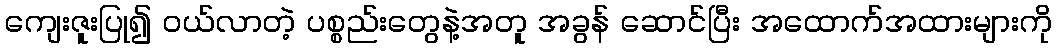
ကျေးဇူးပြု၍ ဝယ်လာတဲ့ ပစ္စည်းတွေနဲ့အတူ အခွန် ဆောင်ပြီး အထောက်အထားများကို